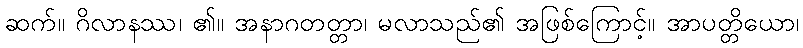
ဆက်။ ဂိလာနဿ၊ ၏။ အနာဂတတ္တာ၊ မလာသည်၏ အဖြစ်ကြောင့်။ အာပတ္တိယော၊